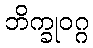
ဘိက္ခုဝဂ္ဂ